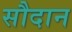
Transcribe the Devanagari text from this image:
सौदान